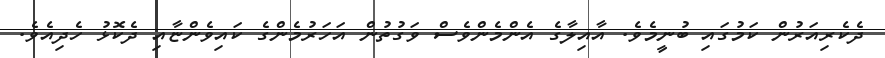
ދެކެރިއަރުން ކަމުގައި ބުނީމެވެ. އާއިލާގެ އެންމެންވެސް ވަގުތުން އަހަރުމެންގެ ކައިވެންޏާއި ދެކޮޅު ހެދިއެވެ.